King Institute of Preventive Medicine Micro-Biological Section reports 1909-11
Year: 1909
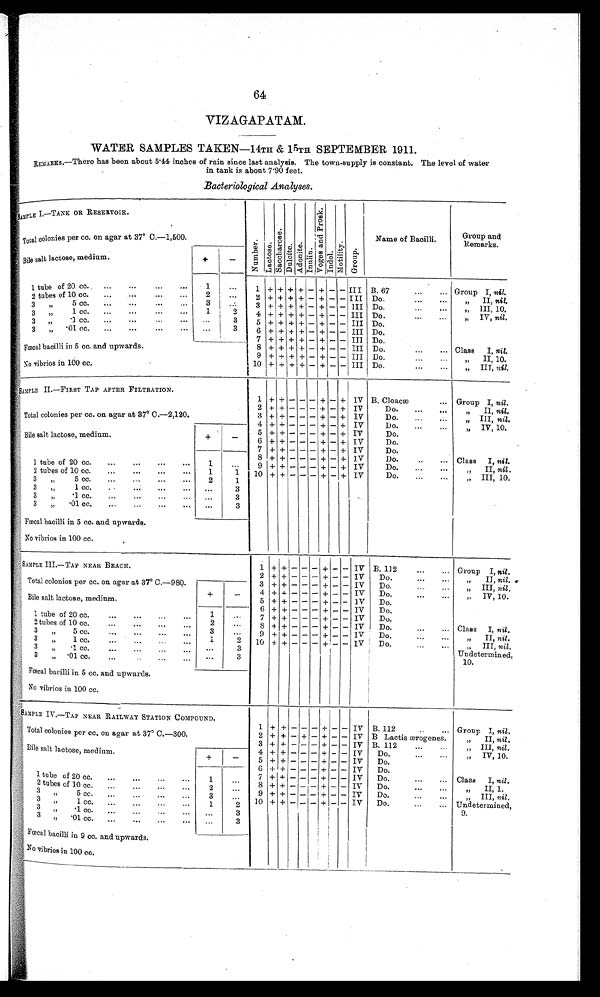
64
VIZAGAPATAM.
WATER SAMPLES TAKEN—14TH & 15TH SEPTEMBER 1911.
REMARKS.—There has been about 5.44 inches of rain since last analysis. The town-supply is constant. The level of water
in tank is about 7.90 feet.
Bacteriological Analyses.
SAMPLE 1. —TANK OR RESERVOI R.
N u m b e r .
L a c t o s e .
S a c o h a r o s e .
D u l c i t e .
A d o n i t e .
I n n l i n .
V o g e s a n d p r o s k .
I n d o l . M o t i l i t y .
G r o u p .
Name of Bacilli.
Group and
B Remarks.
Total colonies per cc. on agar at 37° C.—1,500.
Bile salt lactose, medium.
+
-
1 tube of 20 cc.
. . .
. . .
. . .
. . .
1
. . .
1
+ + +
+ - + - -
III B.67
...
... Group I, nil.
2 tubes of 10 cc.
. . .
. . .
. . .
. . .
2
. . .
2 + + +
+ - +
-
-
III Do.
...
...
„ II, nil.
3 , , 5 c c .
. . .
. . .
. . .
. . .
3
. . .
3
+ + +
+ - + - -
III Do.
. . .
... ,, III, 10.
3 „ 1 c c .
. . .
. . .
. . .
. . .
1
2
4 + + +
+ - +
-
-
III Do.
...
. . .
„ IV, nil.
3
,, .1 cc.
. . .
. . .
. . .
. . . . . .
3
5
+ +
+
+ - +
-
-
III Do.
3 , , . 0 1 c c .
. . .
. . .
. . .
. . . . . .
3
6
+ + + + - + - -
III Do.
7
+ + + + - + - -
III Do.
Fœcal bacilli in 5 cc. and upwards.
8 + + +
+ - +
-
-
III Do.
... ... Class I, nil.
9
+ + + + - - - -
III Do.
. . .
. . .
II, 10.
No vibrios in 100 cc.
10
+
+
+ + -
+ -
-
III Do.
...
...
„ III, nil.
SAMPLE II.—FIRST TAP AFTER FILTRATION.
1
+ + - -
- + -
+
IV B. Cloacæ
... Group I, nil.
Total colonies per cc. on agar at 37° C.—2,120.
2
+
+ - - - + - +
IV
Do. ... ... ,, II, nil.
3 + + - - - + - +
IV
Do.
. . .
. . .
III, nil.
4
+ + - - - + - +
IV
Do. ...
...
IV, 10.
Bile salt lactose, medium.
+
-
5
+ + - - - + - +
IV
Do.
6
+ + - - - + - +
IV
Do.
7 + + - - - + - +
IV
Do.
1 tube of 20 cc.
. . .
. . .
. . .
. . .
1
. . .
8
+ + - - - + - +
IV
Do.
. . .
... Class 1, nil.
9
+ + - - - + - +
IV
Do. ...
...
II, nil.
2 tubes of 10 cc.
. . .
. . .
. . .
. . .
1
1 10
+ + - - - + - +
IV
Do. ...
...
III, 10.
3 „ 5 cc.
. . .
. . .
. . .
. . .
2
1
3 ,, 1 cc.
. . .
. . .
. . .
. . .
. . .
3
3 „
.1cc.
. . .
. . .
. . .
. . .
. . .
3
3 „ .01cc.
. . .
. . .
. . .
. . .
. . . 3
F+ + - - - + - + cal bacilli in 5 cc. and upwards.
No vibrios in 100 cc.
S A M P L E I I I . — T A P N E A R B E A C H .
1 + + - - -
+ -
- IV B. 112
...
... Group I, nil.
2 + + - - -
+
- - IV Do.
. . .
. . .
II, nil.
Total colonies per cc. on agar at 37° C.—980.
+
-
3 + + - - - + - - IV Do.
. . .
. . .
III, nil.
4 + + -
-
- + - - IV Do.
...
...
...
... „ I V, 1 0
Bile salt lactose, medium.
5 + +
- -
- + - - IV Do.
1 tube of 20 cc.
...
... ...
. . .
1
. . .
6 + + - - - + - - IV Do.
7 + + - - - + - - IV Do.
2 tubes of 10 cc.
...
...
. . .
. . .
2
. . .
8
+ +
- -
- + -
-
IV Do.
...
... Class I, nil.
3
5 cc.
. . .
. . .
. . .
. . .
3
... 9 + + - - - + - -
I V
Do.
... ...
II, nil.
3 „ 1 cc.
. . .
. . .
. . .
...
I
2 10 + +
- -
- + - - IV Do.
...
...
„ III, nil.
3
,, .1 cc.
. . .
. . .
. . .
. . .
. . .
3
Undetermined,
3 „ .01 cc.
. . .
. . .
. . .
...
. . .
3
10.
Fœcal bacilli in 5 cc. and upwards.
No vibrios in 100 cc.
SAMPLE IV.—TAP NEAR RAILWAY STATION COMPOUND.
1
+ +
- -
-
+
- - IV B. 112
..
... Group I, nil.
Total colonies per cc. on agar at 37° C.—300.
2 + + - + - + - - IV B Lactis ærogenes.
„ II, nil.
3 + + - - - + - - IV B. 112
...
..
„ III, nil.
Bile salt lactose, medium
.
+
-
4 + + - - - + - - IV Do.
. . .
. . .
IV, 10.
5 + + -
-
- + - - IV Do.
1 tube of 20 cc.
. . .
. . .
. . .
. . .
1
. . .
6
+ + - - - + - - IV Do.
7
+ + - - - + - - IV Do.
. . .
. . .
Class I, nil .
8
+ +
- -
- + - - IV Do.
. . .
. . .
II, 1.
2 tubes of 10 cc.
. . .
. . .
. . .
. . .
2
...
9 + + - - - + - - IV Do.
. . .
. . .
III,, nil ,
3 „ 5 c c
. . .
. . . . . .
. . .
3
. . .
10
+ +
- -
- + -
- IV Do.
...
... Undetermined,
3 „ 1c
c.
...
. . .
...
...
1
2
9.
3 ,, .1
cc.
...
. . .
. . .
. . .
...
3
3 , , . 0 1
c c . ...
...
. . .
. . .
. . .
3
Fœcal baci l l i i n 9 cc. and upwards.
No vibrios in 100 cc.